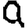
Digit: 9